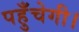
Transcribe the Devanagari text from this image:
पहुँचेगी।